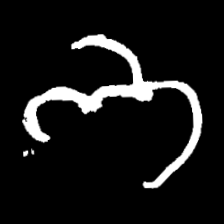
Pyu character \u2014 Myanmar letter: ဘ (romanized: bha)